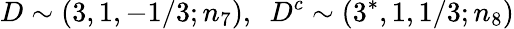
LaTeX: D\sim(3,1,-1/3;n_{7}),~~D^{c}\sim(3^{*},1,1/3;n_{8})